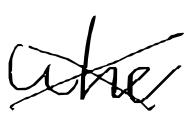
Text: who
Cross-out: mix
Writing tool: digital_black